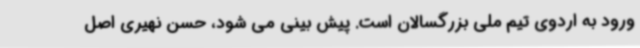
ورود به اردوی تیم ملی بزرگسالان است. پیش بینی می شود، حسن نهیری اصل